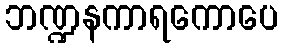
ဘဏ္ဍနကာရကောပေ